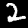
Label: 2